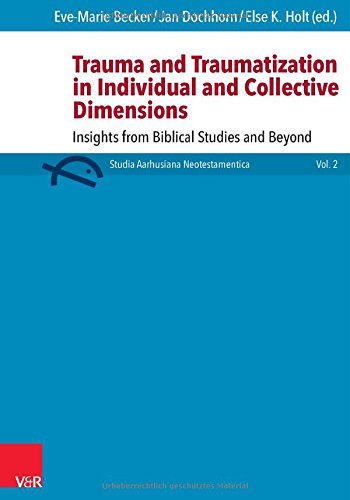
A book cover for Trauma and Traumatization in Individual and Collective Dimensions: Insights from Biblical Studies and Beyond (Studia Aarhusiana Neotestamentica (Sant)); Eve-Marie Becker; Religion & Spirituality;